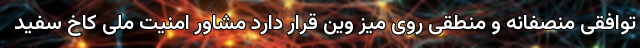
توافقی منصفانه و منطقی روی میز وین قرار دارد مشاور امنیت ملی کاخ سفید